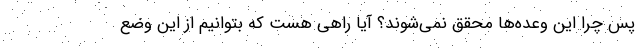
پس چرا این وعده‌ها محقق نمی‌شوند؟ آیا راهی هست که بتوانیم از این وضع